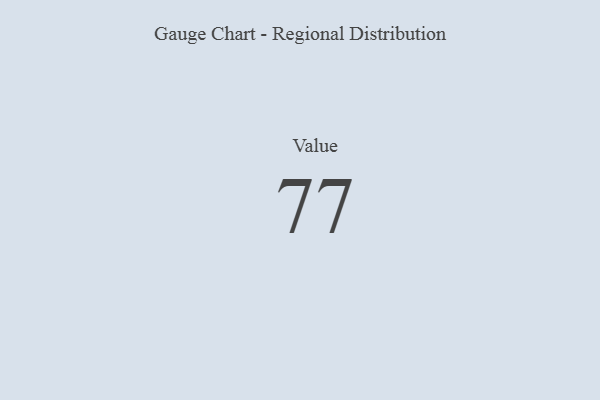
{"axis": {"x": "Metric", "y": "Value"}, "legend": [""], "data": [{"x": "Value", "y": 77, "type": ""}]}